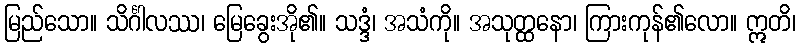
မြည်သော။ သိင်္ဂါလဿ၊ မြေခွေးအို၏။ သဒ္ဒံ၊ အသံကို။ အသုတ္ထနော၊ ကြားကုန်၏လော။ ဣတိ၊